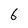
Character: 6